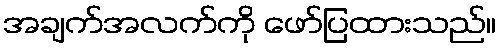
အချက်အလက်ကို ဖော်ပြထားသည်။